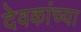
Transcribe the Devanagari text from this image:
देवकांच्या